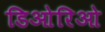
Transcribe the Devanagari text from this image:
डिओरिओ